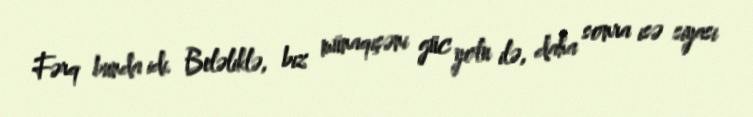
Fərq bunda idi. Beləliklə, biz münaqişəni güc yolu ilə, daha sonra isə siyasi